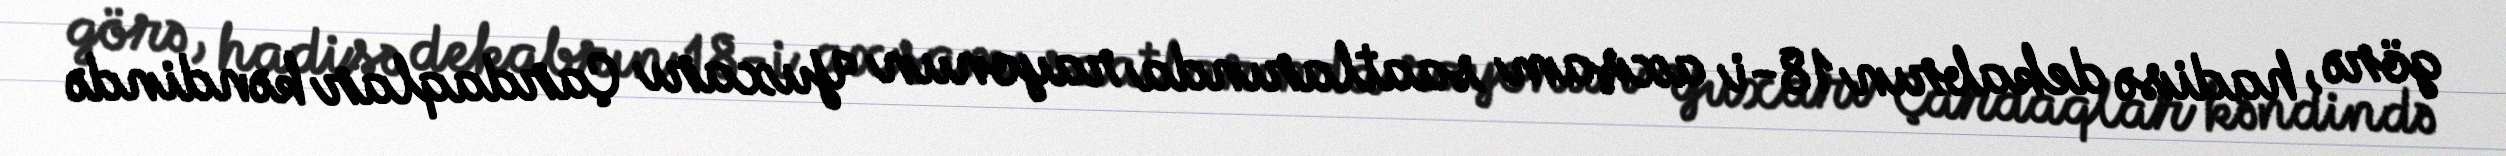
görə, hadisə dekabrın 18-i axşam saatlarında rayonun Yuxarı Çardaqlar kəndində